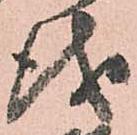
儀